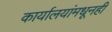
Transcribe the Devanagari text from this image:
कार्यालयांमधूनही